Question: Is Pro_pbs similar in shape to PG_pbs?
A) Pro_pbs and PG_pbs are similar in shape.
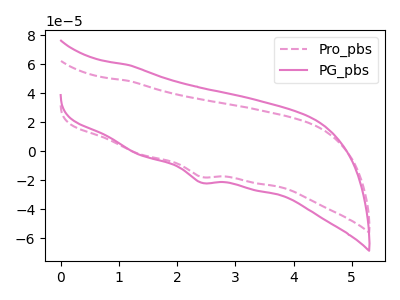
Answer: <think>The pink dashed curve "Pro_pbs" has a cathodic peak at: (2.40V, -17.70uA). The pink curve "PG_pbs" has a cathodic peak at: (2.40V, -21.70uA).
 All the peaks in "Pro_pbs" have a peak in "PG_pbs" at the same potential. Every peak in "Pro_pbs" is lower than every peak in "PG_pbs".</think>
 <answer>A) "Pro_pbs" and "PG_pbs" are similar in shape.</answer>
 <eval>A</eval>